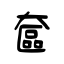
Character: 奩